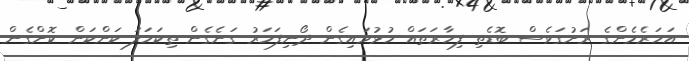
އަހަރެމެންގެ ރަށުގަވެސް ބޮޑެތި ފިހާރަތައް ހުޅުވައިގެން ދޯނިފަހަރު ގަނެގެން ތިކަހަލަ ކަންކަން ކޮށްގެން